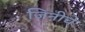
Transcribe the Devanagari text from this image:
जिनीचे